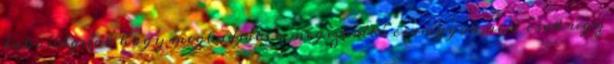
lakosságnak hogy megtudják, a megszorító csomagok nem csak úgy